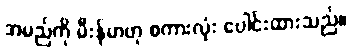
အမည်ကို မီးန်မာဟု စကားလုံး ပေါင်းထားသည်။